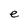
Character: e